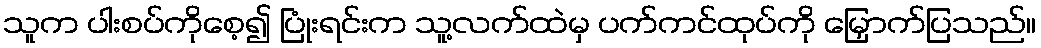
သူက ပါးစပ်ကိုစေ့၍ ပြုံးရင်းက သူ့လက်ထဲမှ ပက်ကင်ထုပ်ကို မြှောက်ပြသည်။